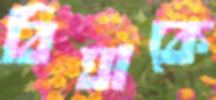
বিঘাকে